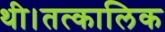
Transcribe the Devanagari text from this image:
थी।तत्कालिक